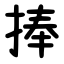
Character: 捧